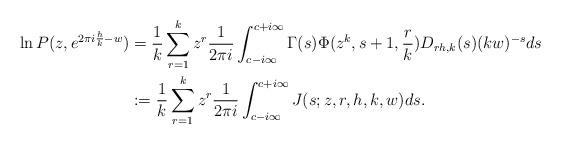
LaTeX: \begin{align*}\ln P(z,e^{2\pi i\frac{h}{k} -w}) &=\frac{1}{k}\sum_{r=1}^{k}z^r\frac{1}{2\pi i} \int_{c-i\infty}^{c+i\infty} \Gamma(s) \Phi(z^k,s+1, \frac{r}{k}) D_{rh,k}(s)( k w)^{-s} ds \\ &:=\frac{1}{k}\sum_{r=1}^{k}z^r\frac{1}{2\pi i} \int_{c-i\infty}^{c+i\infty} J(s;z,r,h,k, w)ds. \end{align*}